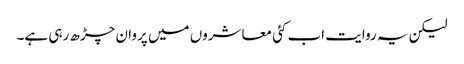
لیکن یہ روایت اب کئی معاشروں میں پروان چڑھ رہی ہے۔